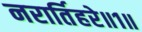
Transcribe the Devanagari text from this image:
नरार्तिहरे॥१॥